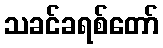
သခင်ခရစ်တော်